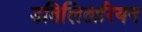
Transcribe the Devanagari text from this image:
उतिलितारियन